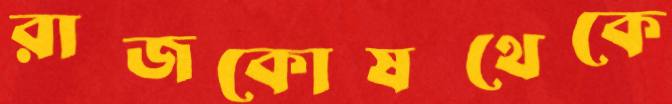
রাজকোষথেকে